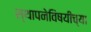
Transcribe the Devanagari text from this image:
स्थापनेविषयीच्या